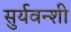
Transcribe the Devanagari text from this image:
सुर्यवन्शी